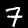
Digit: 7